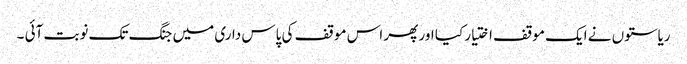
ریاستوں نے ایک موقف اختیار کیا اور پھر اس موقف کی پاس داری میں جنگ تک نوبت آئی ۔